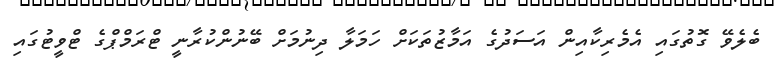
ބެލެވޭ ގޮތުގައި އެމެރިކާއިން އަސަދުގެ އަމާޒުތަކަށް ހަމަލާ ދިނުމަށް ބޭނުންކުރާނީ ޓްރަމްޕްގެ ޓްވީޓުގައި